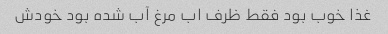
غذا خوب بود فقط ظرف اب مرغ آب شده بود خودش